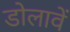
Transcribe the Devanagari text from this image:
डोलावें